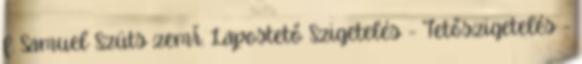
f. Samuel Szüts zemř. Lapostető Szigetelés - Tetőszigetelés -